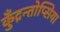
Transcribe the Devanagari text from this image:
कुँद्रन्तोप्सिया